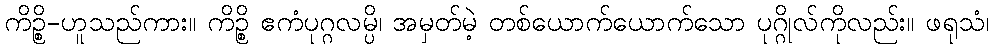
ကိဉ္စိ-ဟူသည်ကား။ ကိဉ္စိ ဧကံပုဂ္ဂလမ္ပိ၊ အမှတ်မဲ့ တစ်ယောက်ယောက်သော ပုဂ္ဂိုလ်ကိုလည်း။ ဖရုသံ၊